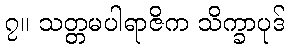
၇။ သတ္တမပါရာဇိက သိက္ခာပုဒ်